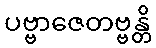
ပဗ္ဗာဇေတဗ္ဗန္တိ